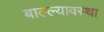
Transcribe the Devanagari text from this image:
बाल्ल्यावस्था